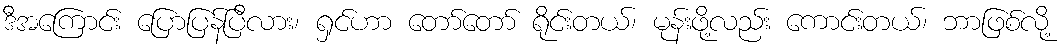
ဒီအကြောင်း ပြောပြန်ပြီလား၊ ရှင်ဟာ တော်တော် ရိုင်းတယ်၊ မုန်းဖို့လည်း ကောင်းတယ်၊ ဘာဖြစ်လို့